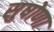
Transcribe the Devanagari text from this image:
सुषोणा